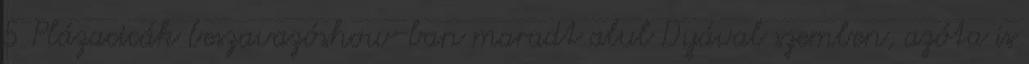
5 Plázacicák beszavazóshow-ban maradt alul Dyával szemben, azóta is